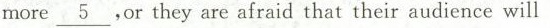
more \underline{5},or they are afraid that their audience will